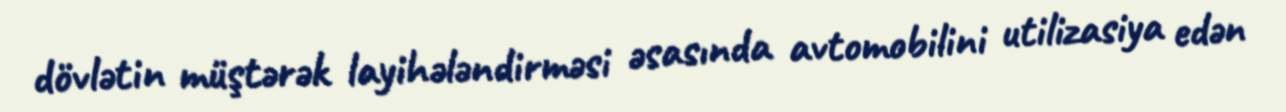
dövlətin müştərək layihələndirməsi əsasında avtomobilini utilizasiya edən